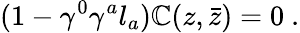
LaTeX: (1-\gamma^{0}\gamma^{a}l_{a})\mathbb{C}(z,\bar{{z}})=0\ .